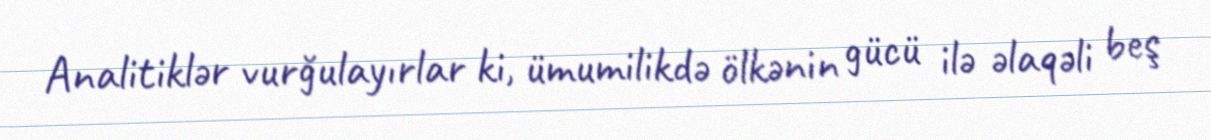
Analitiklər vurğulayırlar ki, ümumilikdə ölkənin gücü ilə əlaqəli beş